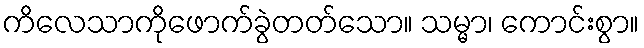
ကိလေသာကိုဖောက်ခွဲတတ်သော။ သမ္မာ၊ ကောင်းစွာ။